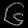
Digit: ၆